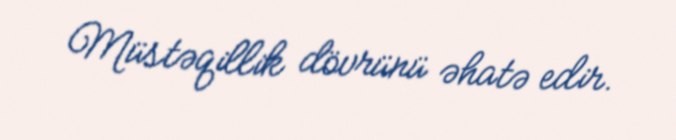
Müstəqillik dövrünü əhatə edir.